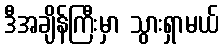
ဒီအချိန်ကြီးမှာ သွားရှာမယ်